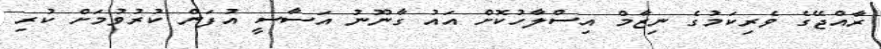
ރާއްޖޭގެ ވެރިކަމުގެ ނިޒާމް އިސްލާހުކޮށް އައު ގާނޫނު އަސާސީ އުފަން ކުރުވުމަށް ކުރި